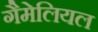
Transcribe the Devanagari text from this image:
गैमेलियल